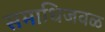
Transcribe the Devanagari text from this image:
समाधिजवळ